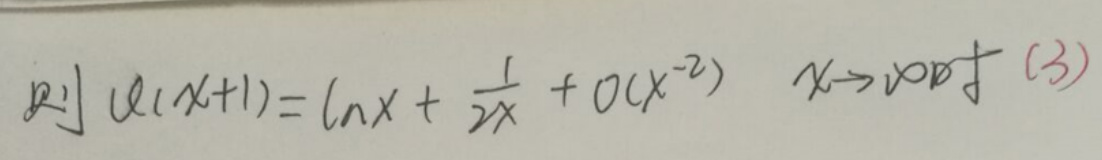
 则$ \quad \ell(x + 1)=\ln x+\frac{1}{2x}+O(x^{-2})\quad x\rightarrow\infty $时 \ (3)